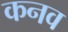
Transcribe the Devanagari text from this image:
कनव